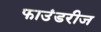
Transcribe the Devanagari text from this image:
फाउंडरीज